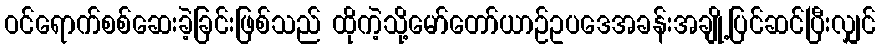
ဝင်ရောက်စစ်ဆေးခဲ့ခြင်းဖြစ်သည် ထိုကဲ့သို့မော်တော်ယာဉ်ဥပဒေအခန်းအချို့ပြင်ဆင်ပြီးလျှင်